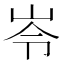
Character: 岺